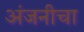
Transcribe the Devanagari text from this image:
अंजनीचा